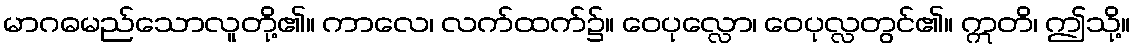
မာဂဓမည်သောလူတို့၏။ ကာလေ၊ လက်ထက်၌။ ဝေပုလ္လော၊ ဝေပုလ္လတွင်၏။ ဣတိ၊ ဤသို့။